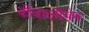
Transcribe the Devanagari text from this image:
दीवालीबेन